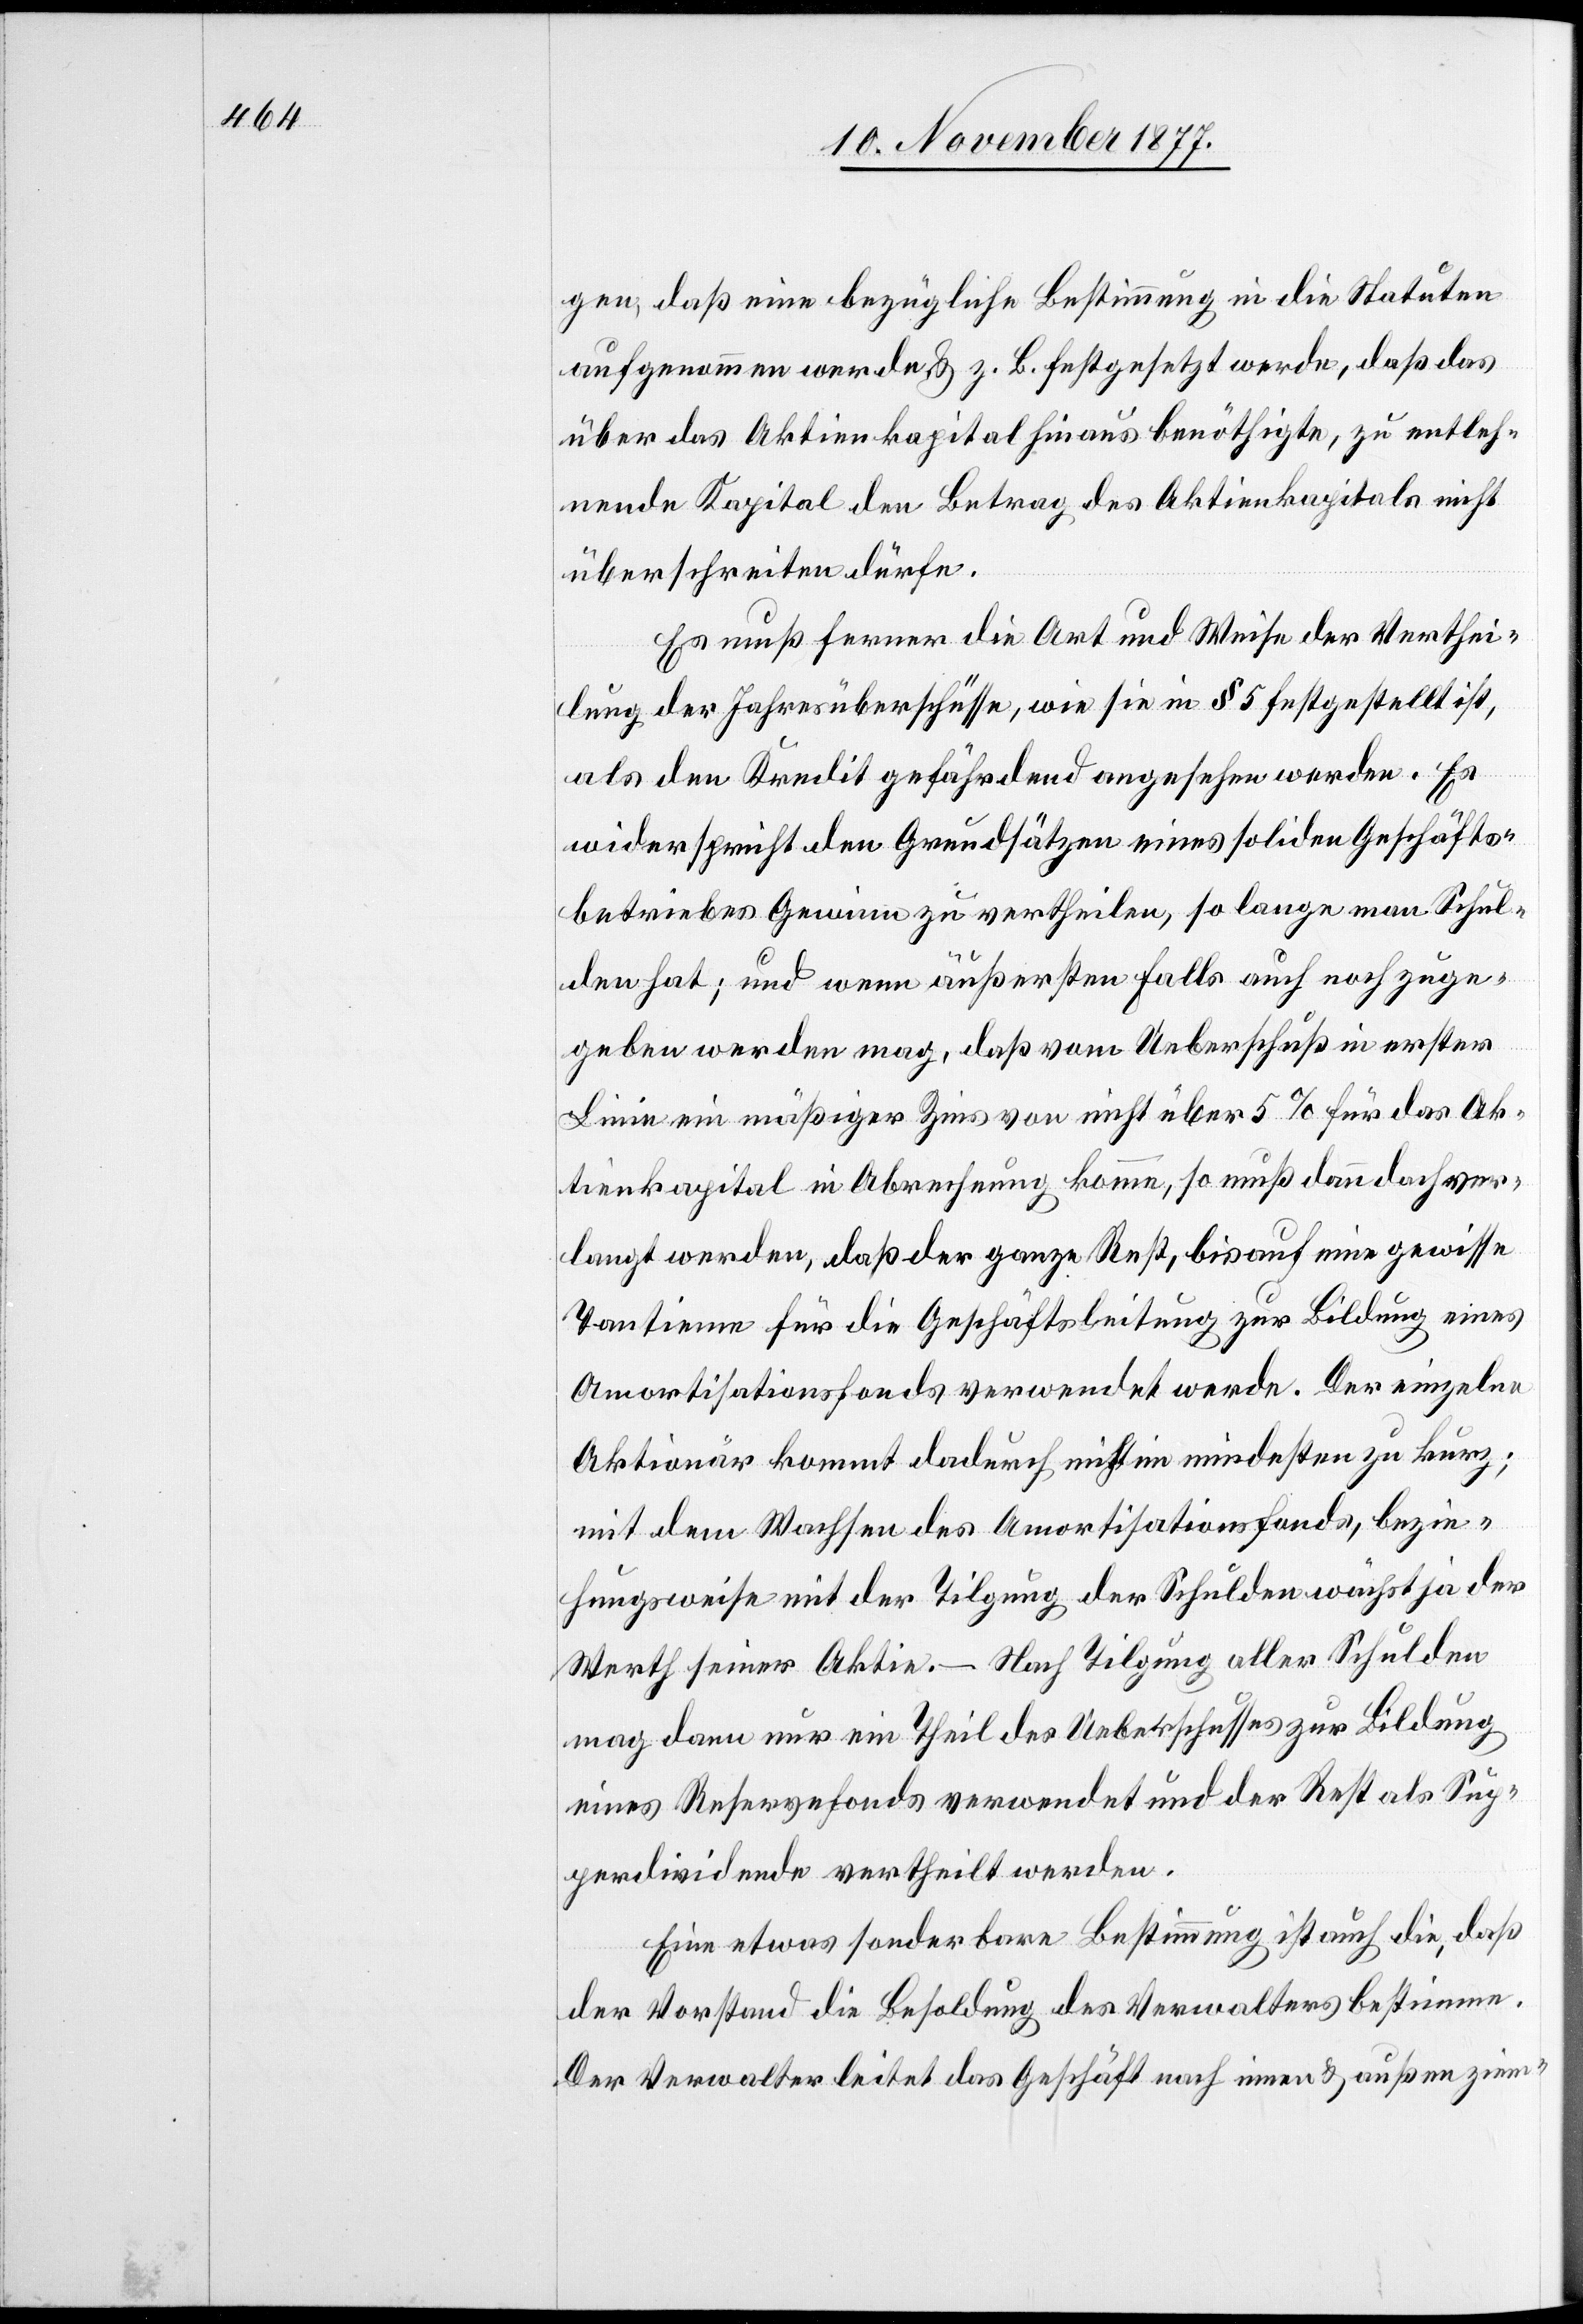
gen, daß eine bezügliche Bestimmung in die Statuten
aufgenommen werde & z. B. festgesetzt werde, daß das
über das Aktienkapital hinaus benöthigte, zu entleh¬
nende Kapital den Betrag des Aktienkapitals nicht
überschreiten dürfe.
Es muß ferner die Art und Weise der Verthei¬
lung der Jahresüberschüsse, wie sie in § 5 festgestellt ist,
als den Kredit gefährdend angesehen werden. Es
widerspricht den Grundsätzen eines soliden Geschäfts¬
betriebes Gewinn zu vertheilen, so lange man Schul¬
den hat; und wenn äußersten Falls auch noch zuge¬
geben werden mag, daß vom Ueberschuß in erster
Linie ein mäßiger Zins von nicht über 5% für das Ak¬
tienkapital in Abrechnung komme, so muß dann doch ver¬
langt werden, daß der ganze Rest, bis auf eine gewisse
Tantieme für die Geschäftsleitung zur Bildung eines
Amortisationsfonds verwendet werde. Der einzelne
Aktionär kommt dadurch nicht im mindesten zu kurz;
mit dem Wachsen des Amortisationsfonds, bezie¬
hungsweise mit der Tilgung der Schulden wächst ja der
Werth seiner Aktie. – Nach Tilgung aller Schulden
mag dann nur ein Theil des Ueberschusses zur Bildung
eines Reservefonds verwendet und der Rest als Sup¬
perdividende [sic!] vertheilt werden.
Eine etwas sonderbare Bestimmung ist auch die, daß
der Vorstand die Besoldung des Verwalters bestimme.
Der Verwalter leitet das Geschäft nach innen & außen ziem-